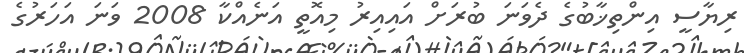
ރިޔާސީ އިންތިޚާބުގެ ދެވަނަ ބުރަށް އައިއިރު މިއޮތީ އަނެއްކާ 2008 ވަނަ އަހަރުގެ